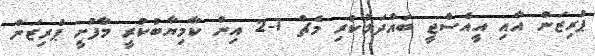
ޕްރިޒަން އާއި އީއެސްޖީ ބައްދަލުކުރި މެޗް 1-2 އިން ކާމިޔާބުކުރީ މާފުށީ ޕްރިޒަން